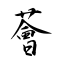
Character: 薈